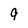
Character: 9